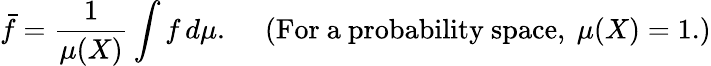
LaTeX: {\bar{f}}={\frac{1}{\mu(X)}}\int f\, d\mu.\quad{\mathrm{~(For~a~probability~space,~}}\mu(X)=1.)